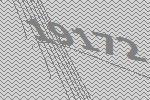
19172